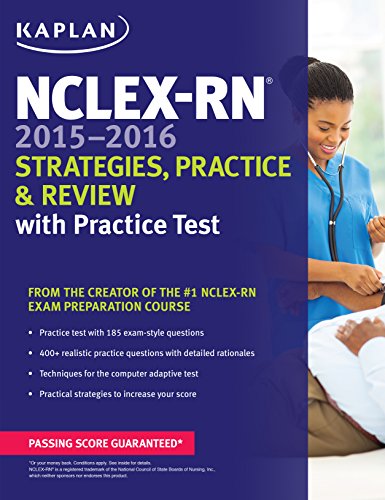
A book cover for NCLEX-RN 2015-2016 Strategies, Practice, and Review with Practice Test (Kaplan Nclex-Rn Exam); Kaplan; Test Preparation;